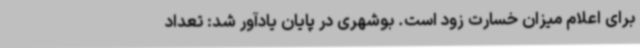
برای اعلام میزان خسارت زود است. بوشهری در پایان یادآور شد: تعداد